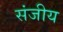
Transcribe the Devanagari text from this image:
संजीय